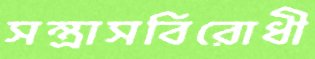
সন্ত্রাসবিরোধী